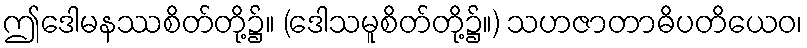
ဤဒေါမနဿစိတ်တို့၌။ (ဒေါသမူစိတ်တို့၌။) သဟဇာတာဓိပတိယေဝ၊